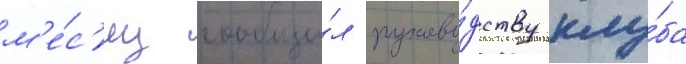
м'е́с'яц сообщи́л руково́дству клу́ба